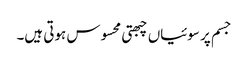
جسم پر سوئیاں چبھتی محسوس ہوتی ہیں۔